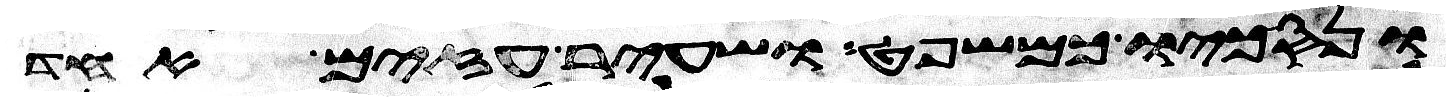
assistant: ונסכו כמשפט ושעיר עזים אחד